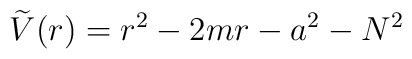
\widetilde{V}(r)=r^{2}-2mr-a^{2}-N^{2}